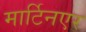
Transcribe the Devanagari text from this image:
मार्टिनएर